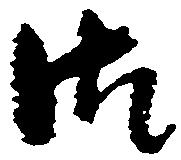
御